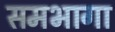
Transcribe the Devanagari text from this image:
समभागा